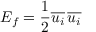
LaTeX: E _ { f } = { \frac { 1 } { 2 } } { \overline { { u _ { i } } } } \, { \overline { { u _ { i } } } }